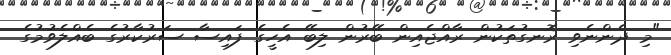
"މި ދެންނެވި ރޮނގުތަކުން ރާއްޖެއިން ބޭރުން ލިބޭ އެހީގެ ފައިސާ ސަރުކާރުގެ ބެއްލެވުމުގެ